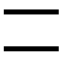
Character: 𠄠